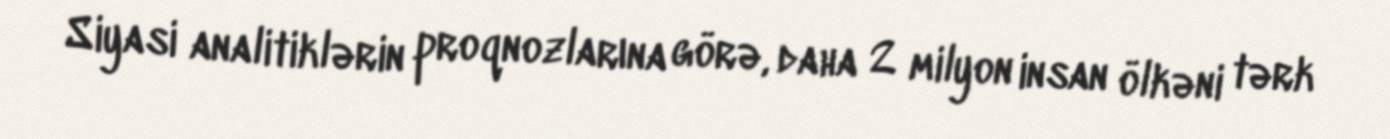
Siyasi analitiklərin proqnozlarına görə, daha 2 milyon insan ölkəni tərk